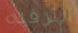
الترفيه